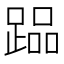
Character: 𲃳